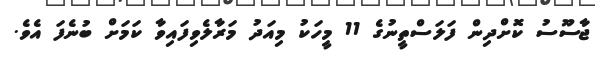
ޖާސޫސު ކޮށްދިން ފަލަސްތީނުގެ 11 މީހަކު މިއަދު މަރާލެވިފައިވާ ކަމަށް ބުނެފަ އެވެ.